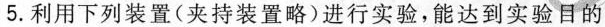
5.利用下列装置(夹持装置略)进行实验，能达到实验目的